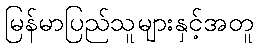
မြန်မာပြည်သူများနှင့်အတူ